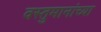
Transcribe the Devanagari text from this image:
वस्तुमानांच्या